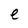
Character: e